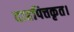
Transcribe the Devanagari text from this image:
दाहपित्तकृत।